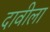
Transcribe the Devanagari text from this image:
दावीला